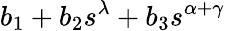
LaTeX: b_{1}+b_{2}s^{\lambda}+b_{3}s^{\alpha+\gamma}